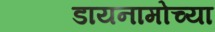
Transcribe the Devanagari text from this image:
डायनामोच्या